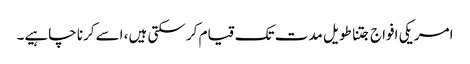
امریکی افواج جتنا طویل مدت تک قیام کر سکتی ہیں، اسے کرنا چاہیے۔